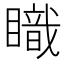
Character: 𥋏